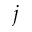
j